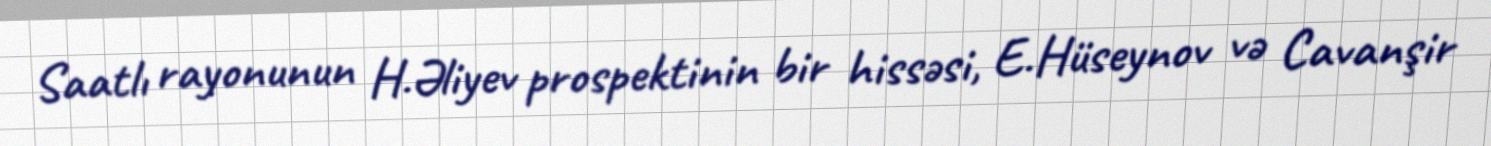
Saatlı rayonunun H.Əliyev prospektinin bir hissəsi, E.Hüseynov və Cavanşir